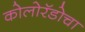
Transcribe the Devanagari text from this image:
कोलोरॅडोचा